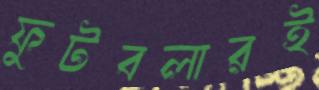
ফুটবলারই